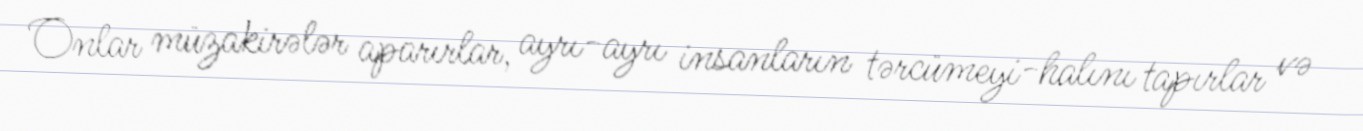
Onlar müzakirələr aparırlar, ayrı-ayrı insanların tərcümeyi-halını tapırlar və